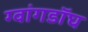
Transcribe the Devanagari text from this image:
ग्वांगडॉघ